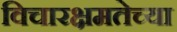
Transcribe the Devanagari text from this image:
विचारक्षमतेच्या